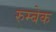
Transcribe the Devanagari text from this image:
रुम्बेक